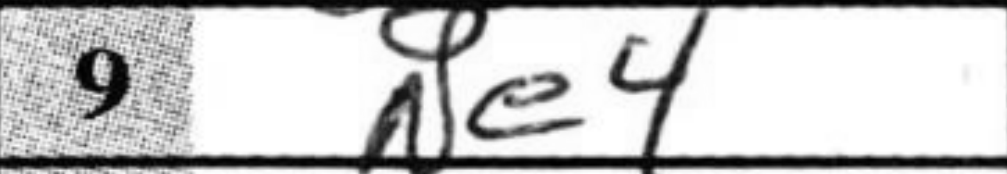
Transcription: Ne4